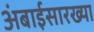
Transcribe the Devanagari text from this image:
अंबाईसारख्या